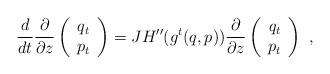
LaTeX: \begin{align*}\frac{d}{dt}\frac{\partial}{\partial z}\left(\begin{array}{ccc}q_t \\p_t \end{array}\right)=JH''(g^t(q,p))\frac{\partial }{\partial z}\left(\begin{array}{ccc}q_t \\p_t \end{array}\right) \ ,\end{align*}